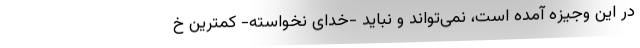
در این وجیزه آمده است، نمی‌تواند و نباید -خدای نخواسته-‌ کمترین خ